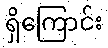
ရှိကြောင်း